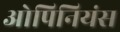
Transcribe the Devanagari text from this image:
ओपिनियंस